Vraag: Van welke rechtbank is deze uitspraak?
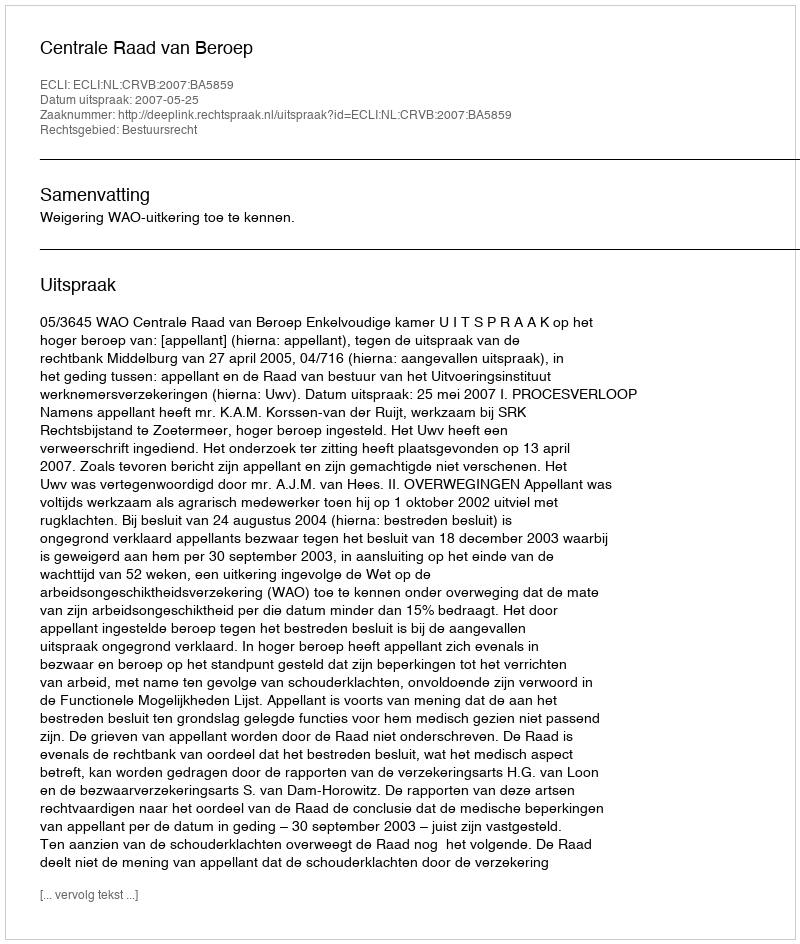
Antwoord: Centrale Raad van Beroep